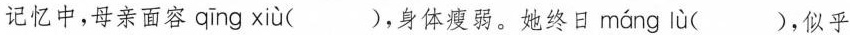
记忆中，母亲面容 qīng xiù ( )，身体瘦弱。她终日 máng lù ( )，似乎